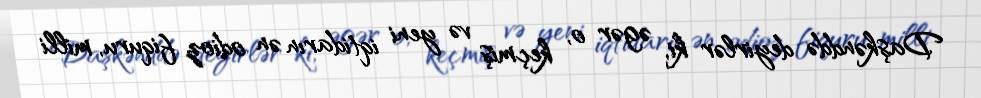
Daşkənddə deyirlər ki, əgər o, keçmiş və yeni iqtidarın ən odioz fiquru, milli